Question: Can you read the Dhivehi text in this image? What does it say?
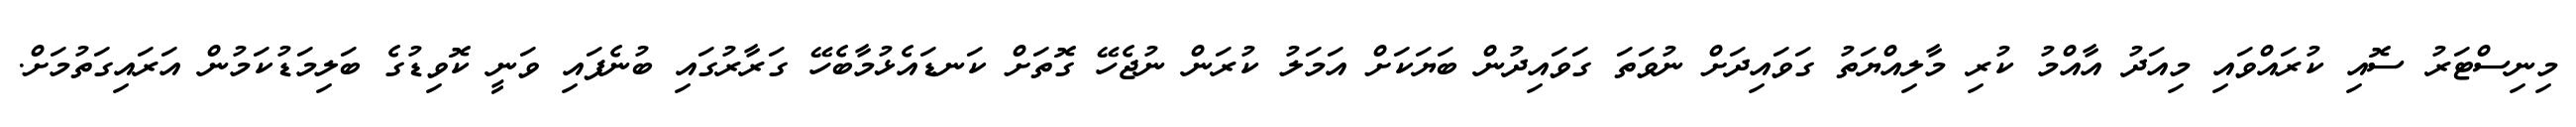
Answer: މިނިސްޓަރު ސޮއި ކުރައްވައި މިއަދު އާއްމު ކުރި މާލިއްޔަތު ގަވައިދަށް ނުވަތަ ގަވައިދުން ބަޔަކަށް އަމަލު ކުރަން ނުޖެހޭ ގޮތަށް ކަނޑައެޅުމާބެހޭ ގަރާރުގައި ބުނެފައި ވަނީ ކޮވިޑުގެ ބަލިމަޑުކަމުން އަރައިގަތުމަށް.